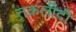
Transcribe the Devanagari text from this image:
तक़लीदी